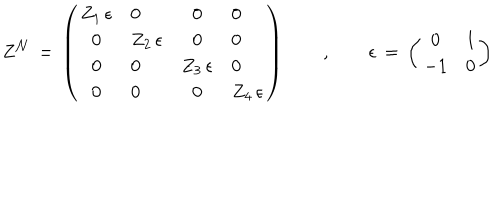
Z ^ { \cal N } \, = \, \left( \begin{array} { c l c l } { { Z _ { 1 } \, \epsilon } } & { { 0 } } & { { 0 } } & { { 0 } } \\ { { 0 } } & { { Z _ { 2 } \, \epsilon } } & { { 0 } } & { { 0 } } \\ { { 0 } } & { { 0 } } & { { Z _ { 3 } \, \epsilon } } & { { 0 } } \\ { { 0 } } & { { 0 } } & { { 0 } } & { { Z _ { 4 } \, \epsilon } } \\ \end{array} \right) \qquad , \qquad \epsilon \, = \, \left( \begin{array} { c l } { { 0 } } & { { 1 } } \\ { { - 1 } } & { { 0 } } \\ \end{array} \right)